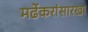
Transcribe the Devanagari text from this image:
मर्ढेकरांसारखा